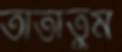
তাতাতুম